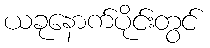
ယခုနောက်ပိုင်းတွင်